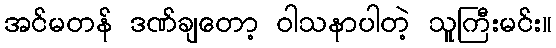
အင်မတန် ဒဏ်ချတော့ ဝါသနာပါတဲ့ သူကြီးမင်း။